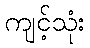
ကျင့်သုံး